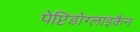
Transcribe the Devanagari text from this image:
पेप्टिडोग्लाइकैन